Report on vaccination in the Province of Bengal - 1869-1873
Year: 1869
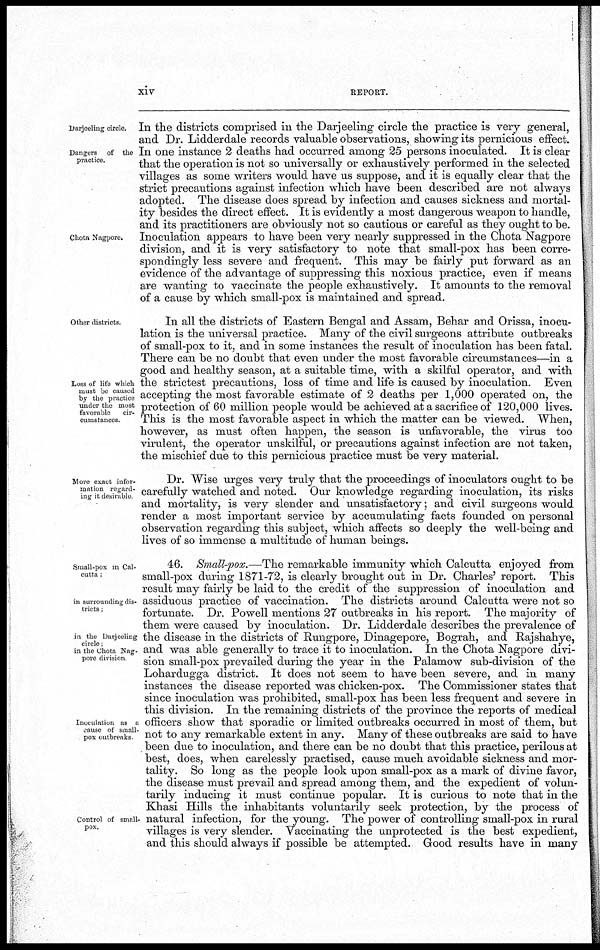
xiv
REPORT.
Darjeeling circle.
Dangers of the
practice.
Chota Nagpore.
In the districts comprised in the Darjeeling circle the practice is very general,
and Dr. Lidderdale records valuable observations, showing its pernicious effect.
In one instance 2 deaths had occurred among 25 persons inoculated. It is clear
that the operation is not so universally or exhaustively performed in the selected
villages as some writers would have us suppose, and it is equally clear that the
strict precautions against infection which have been described are not always
adopted. The disease does spread by infection and causes sickness and mortal-
ity besides the direct effect. It is evidently a most dangerous weapon to handle,
and its practitioners are obviously not so cautious or careful as they ought to be.
Inoculation appears to have been very nearly suppressed in the Chota Nagpore
division, and it is very satisfactory to note that small-pox has been corre-
spondingly less severe and frequent. This may be fairly put forward as an
evidence of the advantage of suppressing this noxious practice, even if means
are wanting to vaccinate the people exhaustively. It amounts to the removal
of a cause by which small-pox is maintained and spread.
Other districts.
Loss of life which
must be caused
by the practice
under the most
favorable
cir-
cumstances.
In all the districts of Eastern Bengal and Assam, Behar and Orissa, inocu-
lation is the universal practice. Many of the civil surgeons attribute outbreaks
of small-pox to it, and in some instances the result of inoculation has been fatal.
There can be no doubt that even under the most favorable circumstances—in a
good and healthy season, at a suitable time, with a skilful operator, and with
the strictest precautions, loss of time and life is caused by inoculation. Even
accepting the most favorable estimate of 2 deaths per 1,000 operated on, the
protection of 60 million people would be achieved at a sacrifice of 120,000 lives.
This is the most favorable aspect in which the matter can be viewed. When,
however, as must often happen, the season is unfavorable, the virus too
virulent, the operator unskilful, or precautions against infection are not taken,
the mischief due to this pernicious practice must be very material.
More exact infor-
mation regard-
ing it desnable
Dr. Wise urges very truly that the proceedings of inoculators ought to be
carefully watched and noted. Our knowledge regarding inoculation, its risks
and mortality, is very slender and unsatisfactory; and civil surgeons would
render a most important service by accumulating facts founded on personal
observation regarding this subject, which affects so deeply the well-being and
lives of so immense a multitude of human beings.
Small-pox in Cal-
cutta ,
in surrounding dis-
tricts ,
in the Darjeeling
circle,
in the Chota Nag-
pore division
Inoculation as a
cause of small-
pox outbreaks
Control of small-
pox.
46. Small-pox.—The remarkable immunity which Calcutta enjoyed from
small-pox during 1871-72, is clearly brought out in Dr. Charles' report. This
result may fairly be laid to the credit of the suppression of inoculation and
assiduous practice of vaccination. The districts around Calcutta were not so
fortunate. Dr. Powell mentions 27 outbreaks in his report. The majority of
them were caused by inoculation. Dr. Lidderdale describes the prevalence of
the disease in the districts of Rungpore, Dinagepore, Bograh, and Rajshahye,
and was able generally to trace it to inoculation. In the Chota Nagpore divi-
sion small-pox prevailed during the year in the Palamow sub-division of the
Lohardugga district. It does not seem to have been severe, and in many
instances the disease reported was chicken-pox. The Commissioner states that
since inoculation was prohibited, small-pox has been less frequent and severe in
this division. In the remaining districts of the province the reports of medical
officers show that sporadic or limited outbreaks occurred in most of them, but
not to any remarkable extent in any. Many of these outbreaks are said to have
been due to inoculation, and there can be no doubt that this practice, perilous at
best, does, when carelessly practised, cause much avoidable sickness and mor-
tality. So long as the people look upon small-pox as a mark of divine favor,
the disease must prevail and spread among them, and the expedient of volun-
tarily inducing it must continue popular. It is curious to note that in the
Khasi Hills the inhabitants voluntarily seek protection, by the process of
natural infection, for the young. The power of controlling small-pox in rural
villages is very slender. Vaccinating the unprotected is the best expedient,
and this should always if possible be attempted. Good results have in many